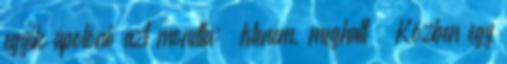
egyik ápolónő azt mondta: »Istenem, meghalt « Közben egy